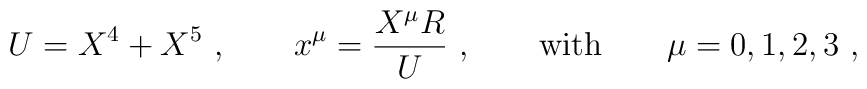
U = X^4 + X^5\ , \qquad x^\mu = \frac{X^\mu R}{U}\ ,\qquad\mbox{with}\qquad \mu = 0,1,2,3\ ,